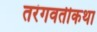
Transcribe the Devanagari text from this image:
तरंगवतीकथा